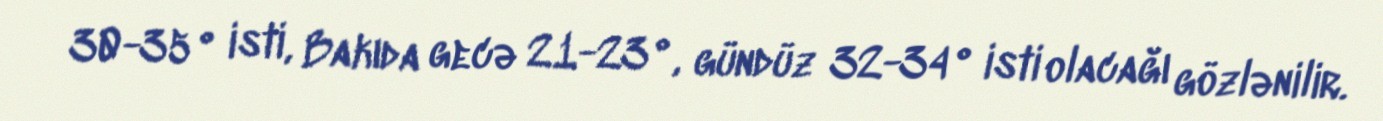
30-35° isti, Bakıda gecə 21-23°, gündüz 32-34° isti olacağı gözlənilir.